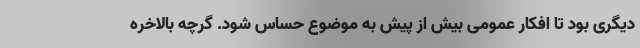
دیگری بود تا افکار عمومی بیش از پیش به موضوع حساس شود. گرچه بالاخره